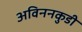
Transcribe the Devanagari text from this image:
अविननकुडी